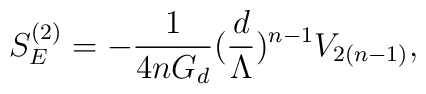
S_{E}^{(2)} = - \frac{1}{4n G_{d}} (\frac{d}{\Lambda})^{n-1}V_{2(n-1)},